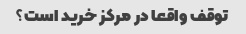
توقف واقعا در مرکز خرید است؟